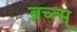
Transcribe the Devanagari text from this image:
ब्रच्त्स्